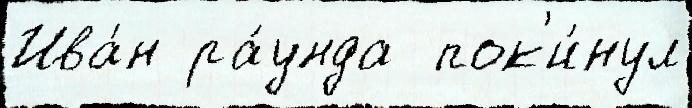
Ива́н ра́унда  пок'и́нул